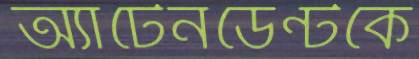
অ্যাটেনডেন্টকে